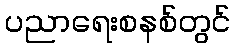
ပညာရေးစနစ်တွင်